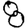
Digit: 8